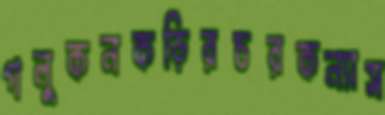
গলুকনকড়িরচরকন্যাস